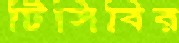
টিসিবির